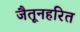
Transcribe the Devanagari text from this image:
जैतूनहरित